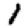
Digit: 1